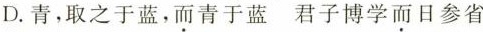
D.青，取之于蓝，而青于蓝君子博学而日参省